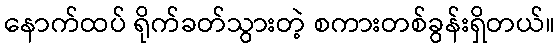
နောက်ထပ် ရိုက်ခတ်သွားတဲ့ စကားတစ်ခွန်းရှိတယ်။